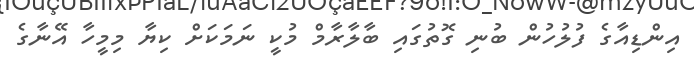
އިންޑިއާގެ ފުލުހުން ބުނި ގޮތުގައި ބާލާރާމް މުކީ ނަމަކަށް ކިޔާ މިމީހާ އޭނާގެ